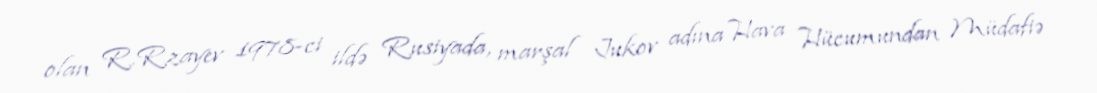
olan R.Rzayev 1978-ci ildə Rusiyada, marşal Jukov adına Hava Hücumundan Müdafiə